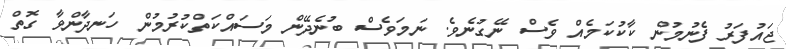
ޖައުފަރު ފެނުމުން ކާކުކަމެއް ވެސް ނޭގުނެވެ. ނަމަވެސް ބުނެދޭން މަސައްކަތްކުރުމުން ހަނދާންވާ ގޮތް